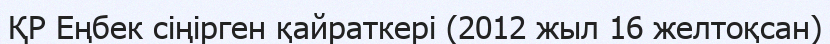
ҚР Еңбек сіңірген қайраткері (2012 жыл 16 желтоқсан)